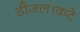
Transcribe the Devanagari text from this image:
डीजल।कटे